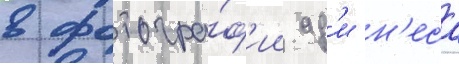
в фотогра́ф'ии ад'и н'еса